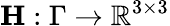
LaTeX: \mathbf H:\Gamma\to\mathbb{R}^{3\times 3}